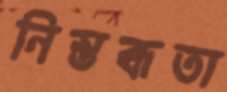
নিস্তব্ধতা